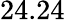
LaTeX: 24.24